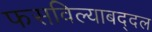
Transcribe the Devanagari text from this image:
फसविल्याबद्दल